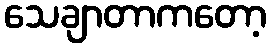
သေချာတာကတော့